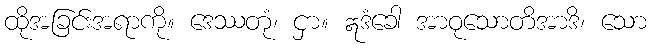
ထိုအခြင်းအရာကို။ ဒေဿတုံ၊ ငှာ။ ဣဒံခေါ အာဝုသောတိအာဒိ၊ သော